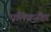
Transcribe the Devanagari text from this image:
एलिक्जैंडर